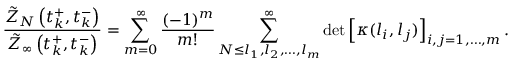
\frac { \Tilde { Z } _ { N } \left( t _ { k } ^ { + } , t _ { k } ^ { - } \right) } { \Tilde { Z } _ { \infty } \left( t _ { k } ^ { + } , t _ { k } ^ { - } \right) } = \sum _ { m = 0 } ^ { \infty } \frac { ( - 1 ) ^ { m } } { m ! } \sum _ { N \leq l _ { 1 } , l _ { 2 } , \dots , l _ { m } } ^ { \infty } \operatorname* { d e t } \left[ \kappa ( l _ { i } , l _ { j } ) \right] _ { i , j = 1 , \dots , m } .